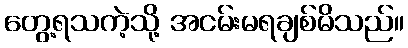
တွေ့ရသကဲ့သို့ အငမ်းမရချစ်မိသည်။